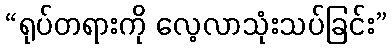
“ရုပ်တရားကို လေ့လာသုံးသပ်ခြင်း”